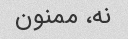
نه، ممنون